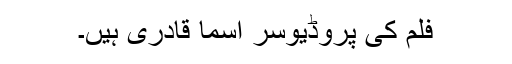
فلم کی پروڈیوسر اسما قادری ہیں۔